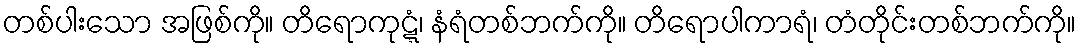
တစ်ပါးသော အဖြစ်ကို။ တိရောကုဋ္ဋံ၊ နံရံတစ်ဘက်ကို။ တိရောပါကာရံ၊ တံတိုင်းတစ်ဘက်ကို။